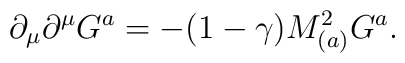
\partial_{\mu}\partial^{\mu}G^{a}=-(1-\gamma)M_{(a)}^{2}G^{a}.